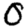
Digit: 0